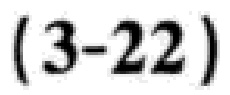
$(3 - 22)$